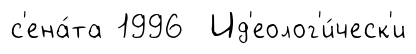
с'ена́та 1996 Ид'еолог'и́ческ'и